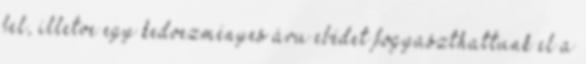
fel, illetve egy kedvezményes áru ebédet fogyaszthattunk el a